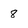
Character: 8